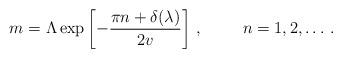
LaTeX: \begin{align*}m=\Lambda \exp \left[ -\frac{\pi n+\delta (\lambda )}{2v}\right]\, ,\hspace{1cm}n=1,2, \ldots \, .\end{align*}